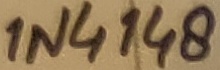
Text: 1N4148